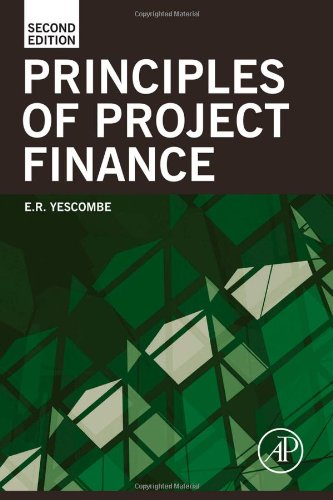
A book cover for Principles of Project Finance, Second Edition; E. R. Yescombe; Business & Money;